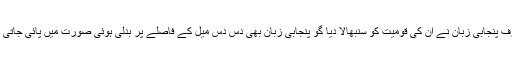
صرف پنجابی زبان نے ان کی قومیت کو سنبھالا دیا گو پنجابی زبان بھی دس دس میل کے فاصلے پر بدلی ہوئی صورت میں پائی جاتی ہے۔